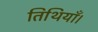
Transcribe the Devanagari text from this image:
तिथियाँ।